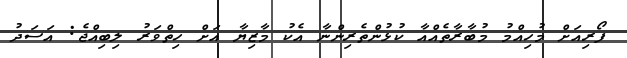
ފޯރިއަށް މުހިއްމު މުބާރާތެއްއާ ކުޅުންތެރިންނާ އެކު މާޒިޔާ އަށް ހިތްވަރު ލިބިއްޖެ: އަސަދު